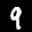
Label: 9